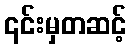
၎င်းမှတဆင့်